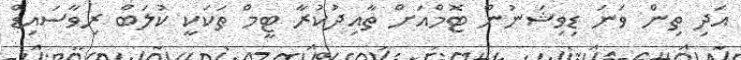
އަދި ތިން ވަނަ ޑިވިޝަނުން ޓޮމްއަށް ތާއިދުކުރާ ޓީމް ތަކަކީ ކުލަބް ރިވާސައިޑް